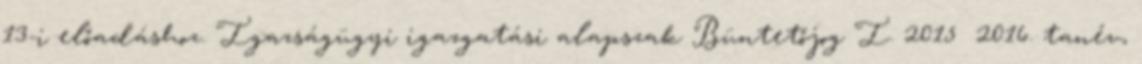
13-i előadáshoz. Igazságügyi igazgatási alapszak Büntetőjog I. 2015 2016. tanév,